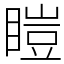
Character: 䁗